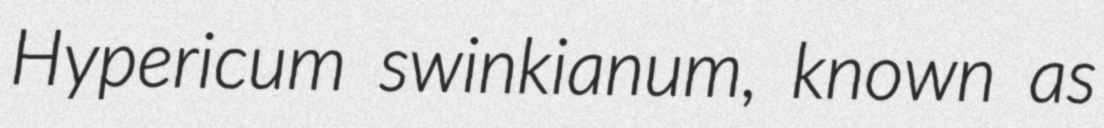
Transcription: Hypericum swinkianum, known as